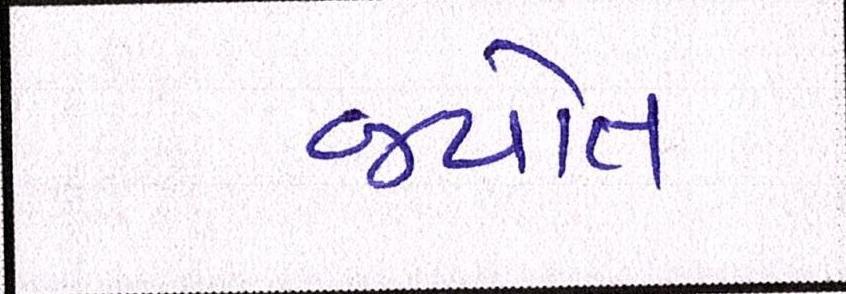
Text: જયોત